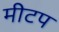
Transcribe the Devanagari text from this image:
मीटप